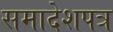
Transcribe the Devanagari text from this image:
समादेशपत्र